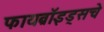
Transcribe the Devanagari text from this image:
फायब्रॉइड्सचे